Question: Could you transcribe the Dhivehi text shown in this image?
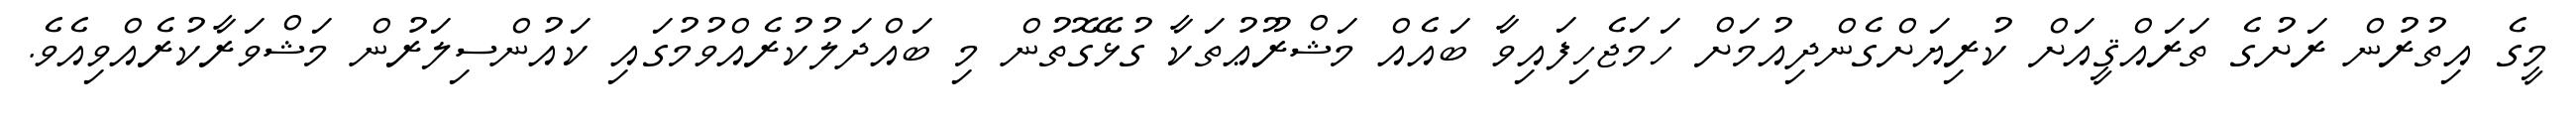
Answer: މީގެ އިތުރުން ރަށުގެ ތަރައްޤީއަށް ކުރިޔަށްގެންދިއުމަށް ހަމަޖެހިފައިވާ ބައެއް މަޝްރޫޢުތަކާ ގުޅޭގޮތުން މި ބައްދަލުކުރެއްވުމުގައި ކައުންސިލަރުން މަޝްވަރާކުރެއްވިއެވެ.